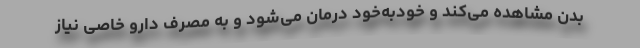
بدن مشاهده می‌کند و خودبه‌خود درمان می‌شود و به مصرف دارو خاصی نیاز